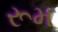
રૂમ